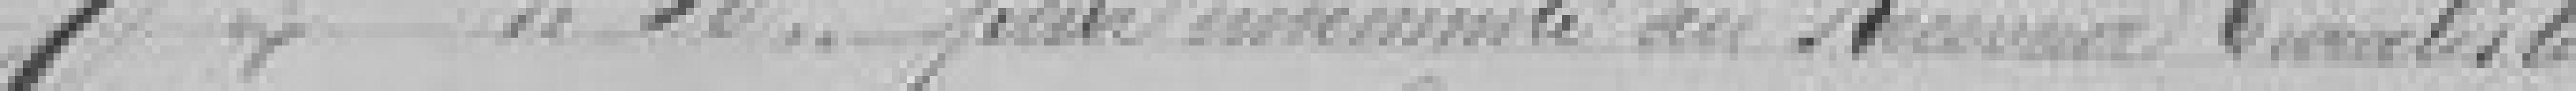
* de 50 francs pour indemnité au Receveur ??tiste